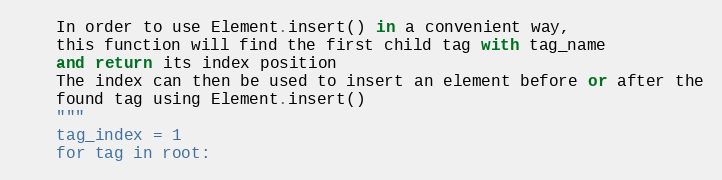
Language: Python
    In order to use Element.insert() in a convenient way,
    this function will find the first child tag with tag_name
    and return its index position
    The index can then be used to insert an element before or after the
    found tag using Element.insert()
    """
    tag_index = 1
    for tag in root: